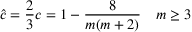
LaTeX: { \hat { c } } = { \frac { 2 } { 3 } } c = 1 - { \frac { 8 } { m ( m + 2 ) } } \quad m \geq 3